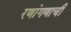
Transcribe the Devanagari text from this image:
रणांगणाची